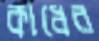
কাধের